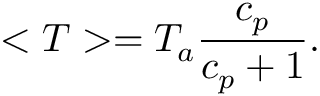
< T > = T _ { a } { \frac { c _ { p } } { c _ { p } + 1 } } .